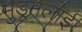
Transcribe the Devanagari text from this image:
मुडूमलाई